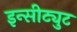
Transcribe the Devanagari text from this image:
इन्सीट्युट